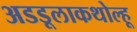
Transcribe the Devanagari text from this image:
अडडूलाकथोल्हू